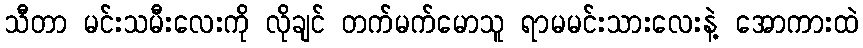
သီတာ မင်းသမီးလေးကို လိုချင် တက်မက်မောသူ ရာမမင်းသားလေးနဲ့ အောကားထဲ